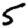
Digit: 5